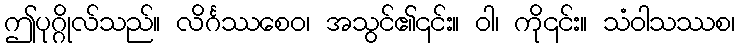
ဤပုဂ္ဂိုလ်သည်။ လိင်္ဂဿစေဝ၊ အသွင်၏၎င်း။ ဝါ၊ ကို၎င်း။ သံဝါသဿစ၊